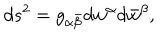
d s ^ { 2 } = g _ { \alpha \bar { \beta } } d w ^ { \alpha } d \bar { w } ^ { \beta } ,